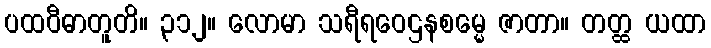
ပထဝီဓာတူတိ။ ၃၁၂။ လောမာ သရီရဝေဌနစမ္မေ ဇာတာ။ တတ္ထ ယထာ